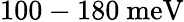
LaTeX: \mathrm{100-180~meV}